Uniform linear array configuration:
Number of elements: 64
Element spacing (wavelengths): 1
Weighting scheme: kaiser
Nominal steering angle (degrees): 60
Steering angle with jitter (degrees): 59.704
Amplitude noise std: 0.05
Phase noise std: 0.05

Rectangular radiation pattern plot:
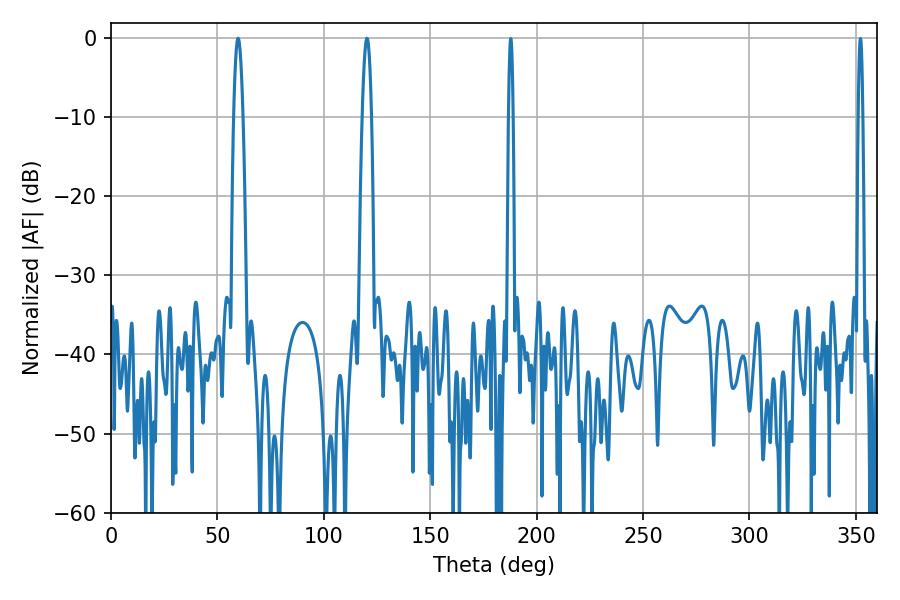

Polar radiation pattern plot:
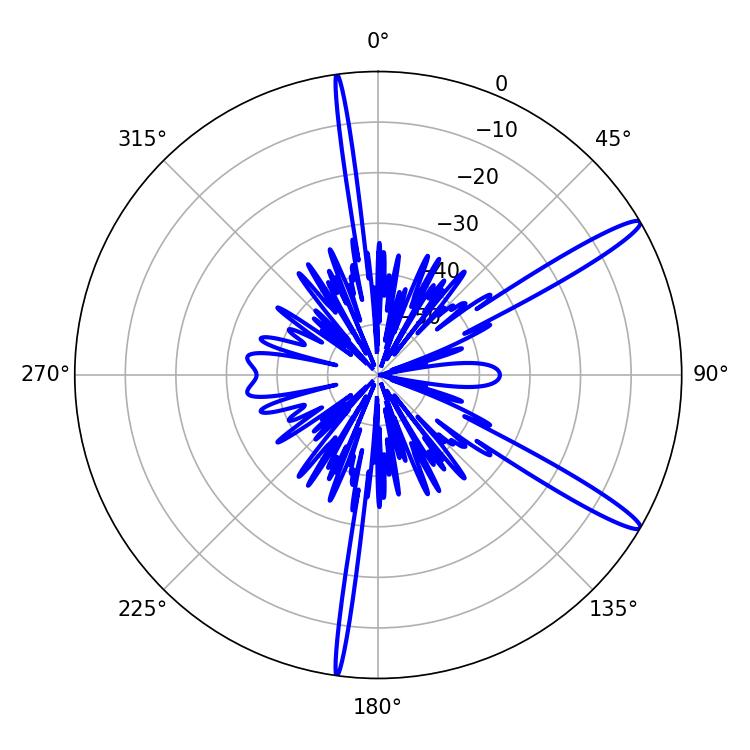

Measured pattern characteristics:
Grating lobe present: TRUE
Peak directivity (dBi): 14.365
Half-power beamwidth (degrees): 2.34
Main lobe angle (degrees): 59.76